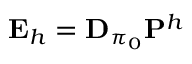
\mathbf { E } _ { h } = \mathbf { D } _ { \pi _ { 0 } } \mathbf { P } ^ { h }